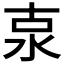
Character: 𣳂